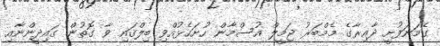
ގެމަނަފުށީ ދާއިރާގެ މެމްބަރު ޖަމީލް އުސްމާން ހުށަހެޅުއްވި ބިލްގައި ވާ ގޮތުން ގައިދީންނާއި